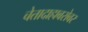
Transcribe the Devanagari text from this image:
चेतादाहाबरोबर